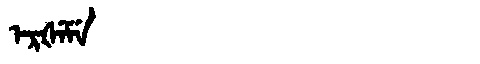
Manchu: ᡝᡵᡧᡝᠮᡝ
Romanization: ERŠEME